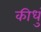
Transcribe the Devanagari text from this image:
कीधुं